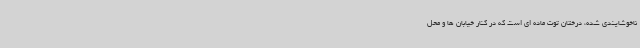
ناخوشایندی شده، درختان توت ماده ای است که در کنار خیابان ها و محل